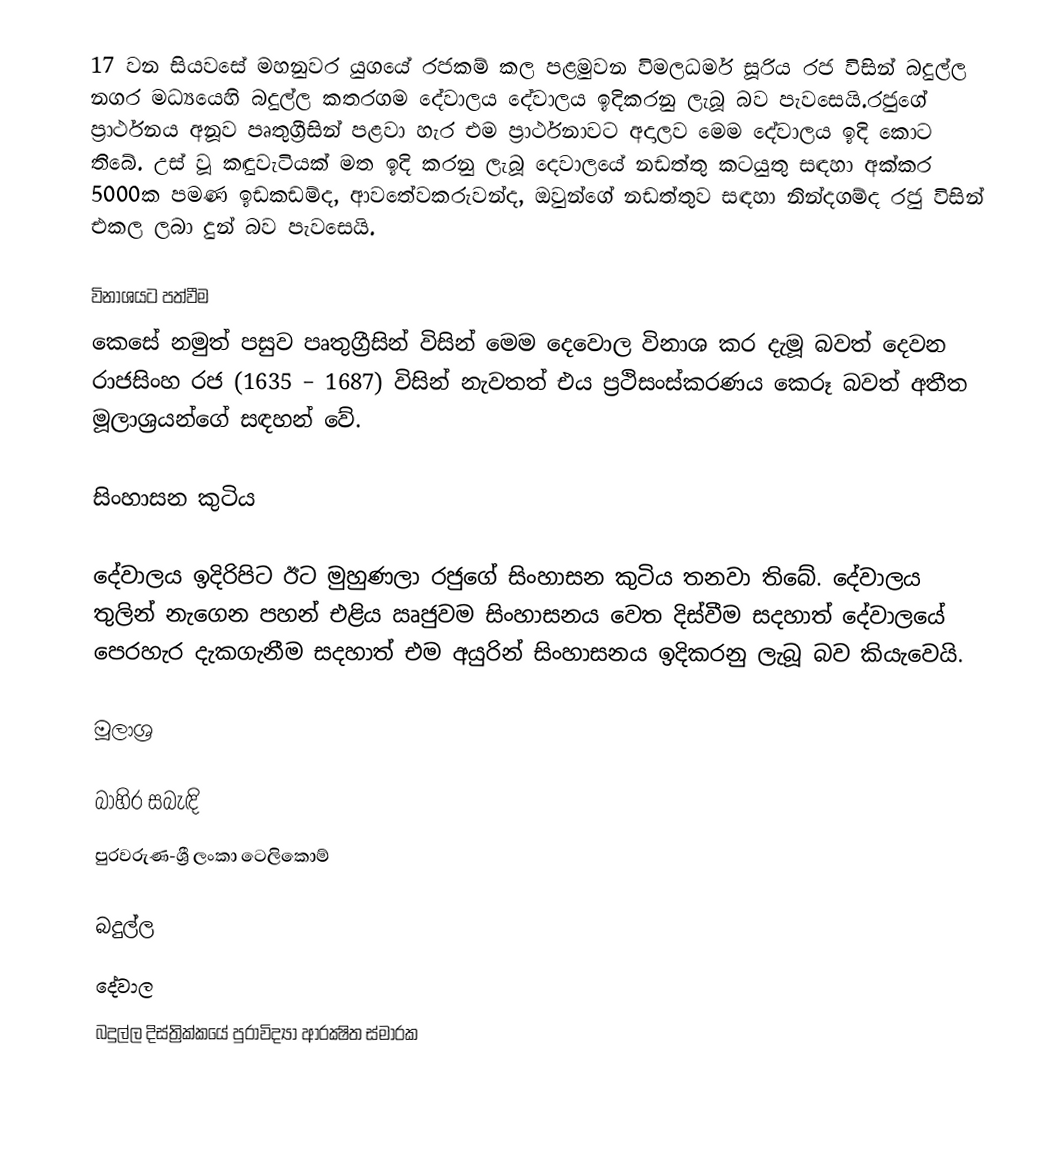
17 වන සියවසේ මහනුවර යුගයේ රජකම් කල පළමුවන විමලධර්ම සූරිය රජ විසින් බදුල්ල නගර මධ්‍යයෙහි බදුල්ල කතරගම දේවාලය දේවාලය ඉදිකරනු ලැබූ බව පැවසෙයි.රජුගේ ප්‍රාර්ථනය අනූව පෘතුග්‍රීසින් පළවා හැර එම ප්‍රාර්ථනාවට අදාලව මෙම දේවාලය ඉදි කොට තිබේ. උස් වූ කඳුවැටියක් මත ඉදි කරනු ලැබූ දෙවාලයේ නඩත්තු කටයුතු සඳහා අක්කර 5000ක පමණ ඉඩකඩම්ද, ආවතේවකරුවන්ද, ඔවුන්ගේ නඩත්තුව සඳහා නින්දගම්ද රජු විසින් එකල ලබා දුන් බව පැවසෙයි.

විනාශයට පත්වීම
කෙසේ නමුත් පසුව පෘතුග්‍රීසින් විසින් මෙම දෙවොල විනාශ කර දැමූ බවත් දෙවන රාජසිංහ රජ (1635 – 1687) විසින් නැවතත් එය ප්‍රථිසංස්කරණය කෙරූ බවත් අතීත මූලාශ්‍රයන්ගේ සඳහන් වේ.

සිංහාසන කුටිය

දේවාලය ඉදිරිපිට ඊට මුහුණලා රජුගේ සිංහාසන කුටිය තනවා තිබේ. දේවාලය තුලින් නැගෙන පහන් එළිය ඍජුවම සිංහාසනය වෙත දිස්වීම සදහාත් දේවාලයේ පෙරහැර දැකගැනීම සදහාත් එම අයුරින් සිංහාසනය ඉදිකරනු ලැබූ  බව කියැවෙයි.

මූලාශ්‍ර

බාහිර සබැඳි
පුරවරුණ-ශ්‍රී ලංකා ටෙලිකොම්

බදුල්ල
දේවාල
බදුල්ල දිස්ත්‍රික්කයේ පුරාවිද්‍යා ආරක්‍ෂිත ස්මාරක